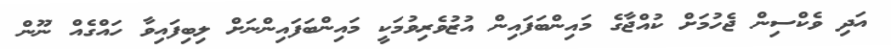
އަދި ވެކްސިން ޖެހުމަށް ކުއްޖާގެ މައިންބަފައިން އުޒުވެރިވުމަކީ މައިންބަފައިންނަށް ލިބިފައިވާ ހައްގެއް ނޫން